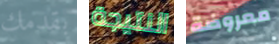
بقدمك النتيجة معروضة